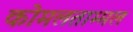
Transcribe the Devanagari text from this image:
कोमलताम्मल